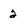
Character: 2